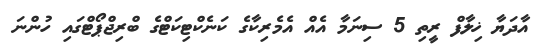
އާދަޔާ ޚިލާފް ރީތި 5 ސިނަމާ އެއް އެމެރިކާގެ ކަނެކްޓިކަޓްގެ ބްރިޖްޕޯޓްގައި ހުންނަ